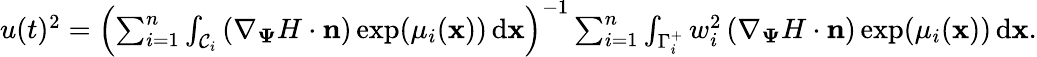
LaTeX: \begin{array}{r}{u(t)^{2}=\left(\sum_{i=1}^{n}\int_{\mathcal{C}_{i}}\left(\nabla_{\mathbf{\Psi}}H\cdot\mathbf{n}\right)\exp(\mu_{i}(\mathbf{x}))\, \textup{d}\mathbf{x}\right)^{-1}\sum_{i=1}^{n}\int_{\Gamma_{i}^{+}}w_{i}^{2}\left(\nabla_{\mathbf{\Psi}}H\cdot\mathbf{n}\right)\exp(\mu_{i}(\mathbf{x}))\, \textup{d}\mathbf{x}.}\end{array}